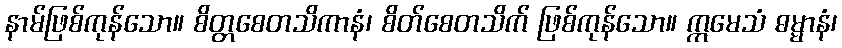
နာမ်ဖြစ်ကုန်သော။ စိတ္တစေတသိကာနံ၊ စိတ်စေတသိက် ဖြစ်ကုန်သော။ ဣမေသံ ဓမ္မာနံ၊